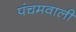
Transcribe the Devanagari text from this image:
पंचमवाली